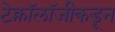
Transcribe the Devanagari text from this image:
टेक्नॉलॉजीकडून